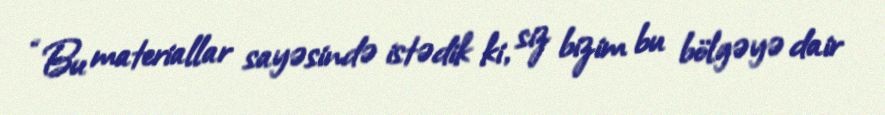
“Bu materiallar sayəsində istədik ki, siz bizim bu bölgəyə dair